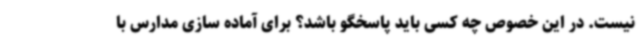
نیست. در این خصوص چه کسی باید پاسخگو باشد؟ برای آماده سازی مدارس با